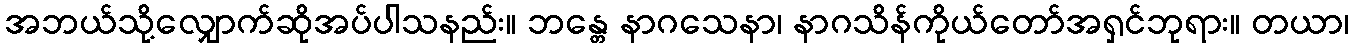
အဘယ်သို့လျှောက်ဆိုအပ်ပါသနည်း။ ဘန္တေ နာဂသေနာ၊ နာဂသိန်ကိုယ်တော်အရှင်ဘုရား။ တယာ၊